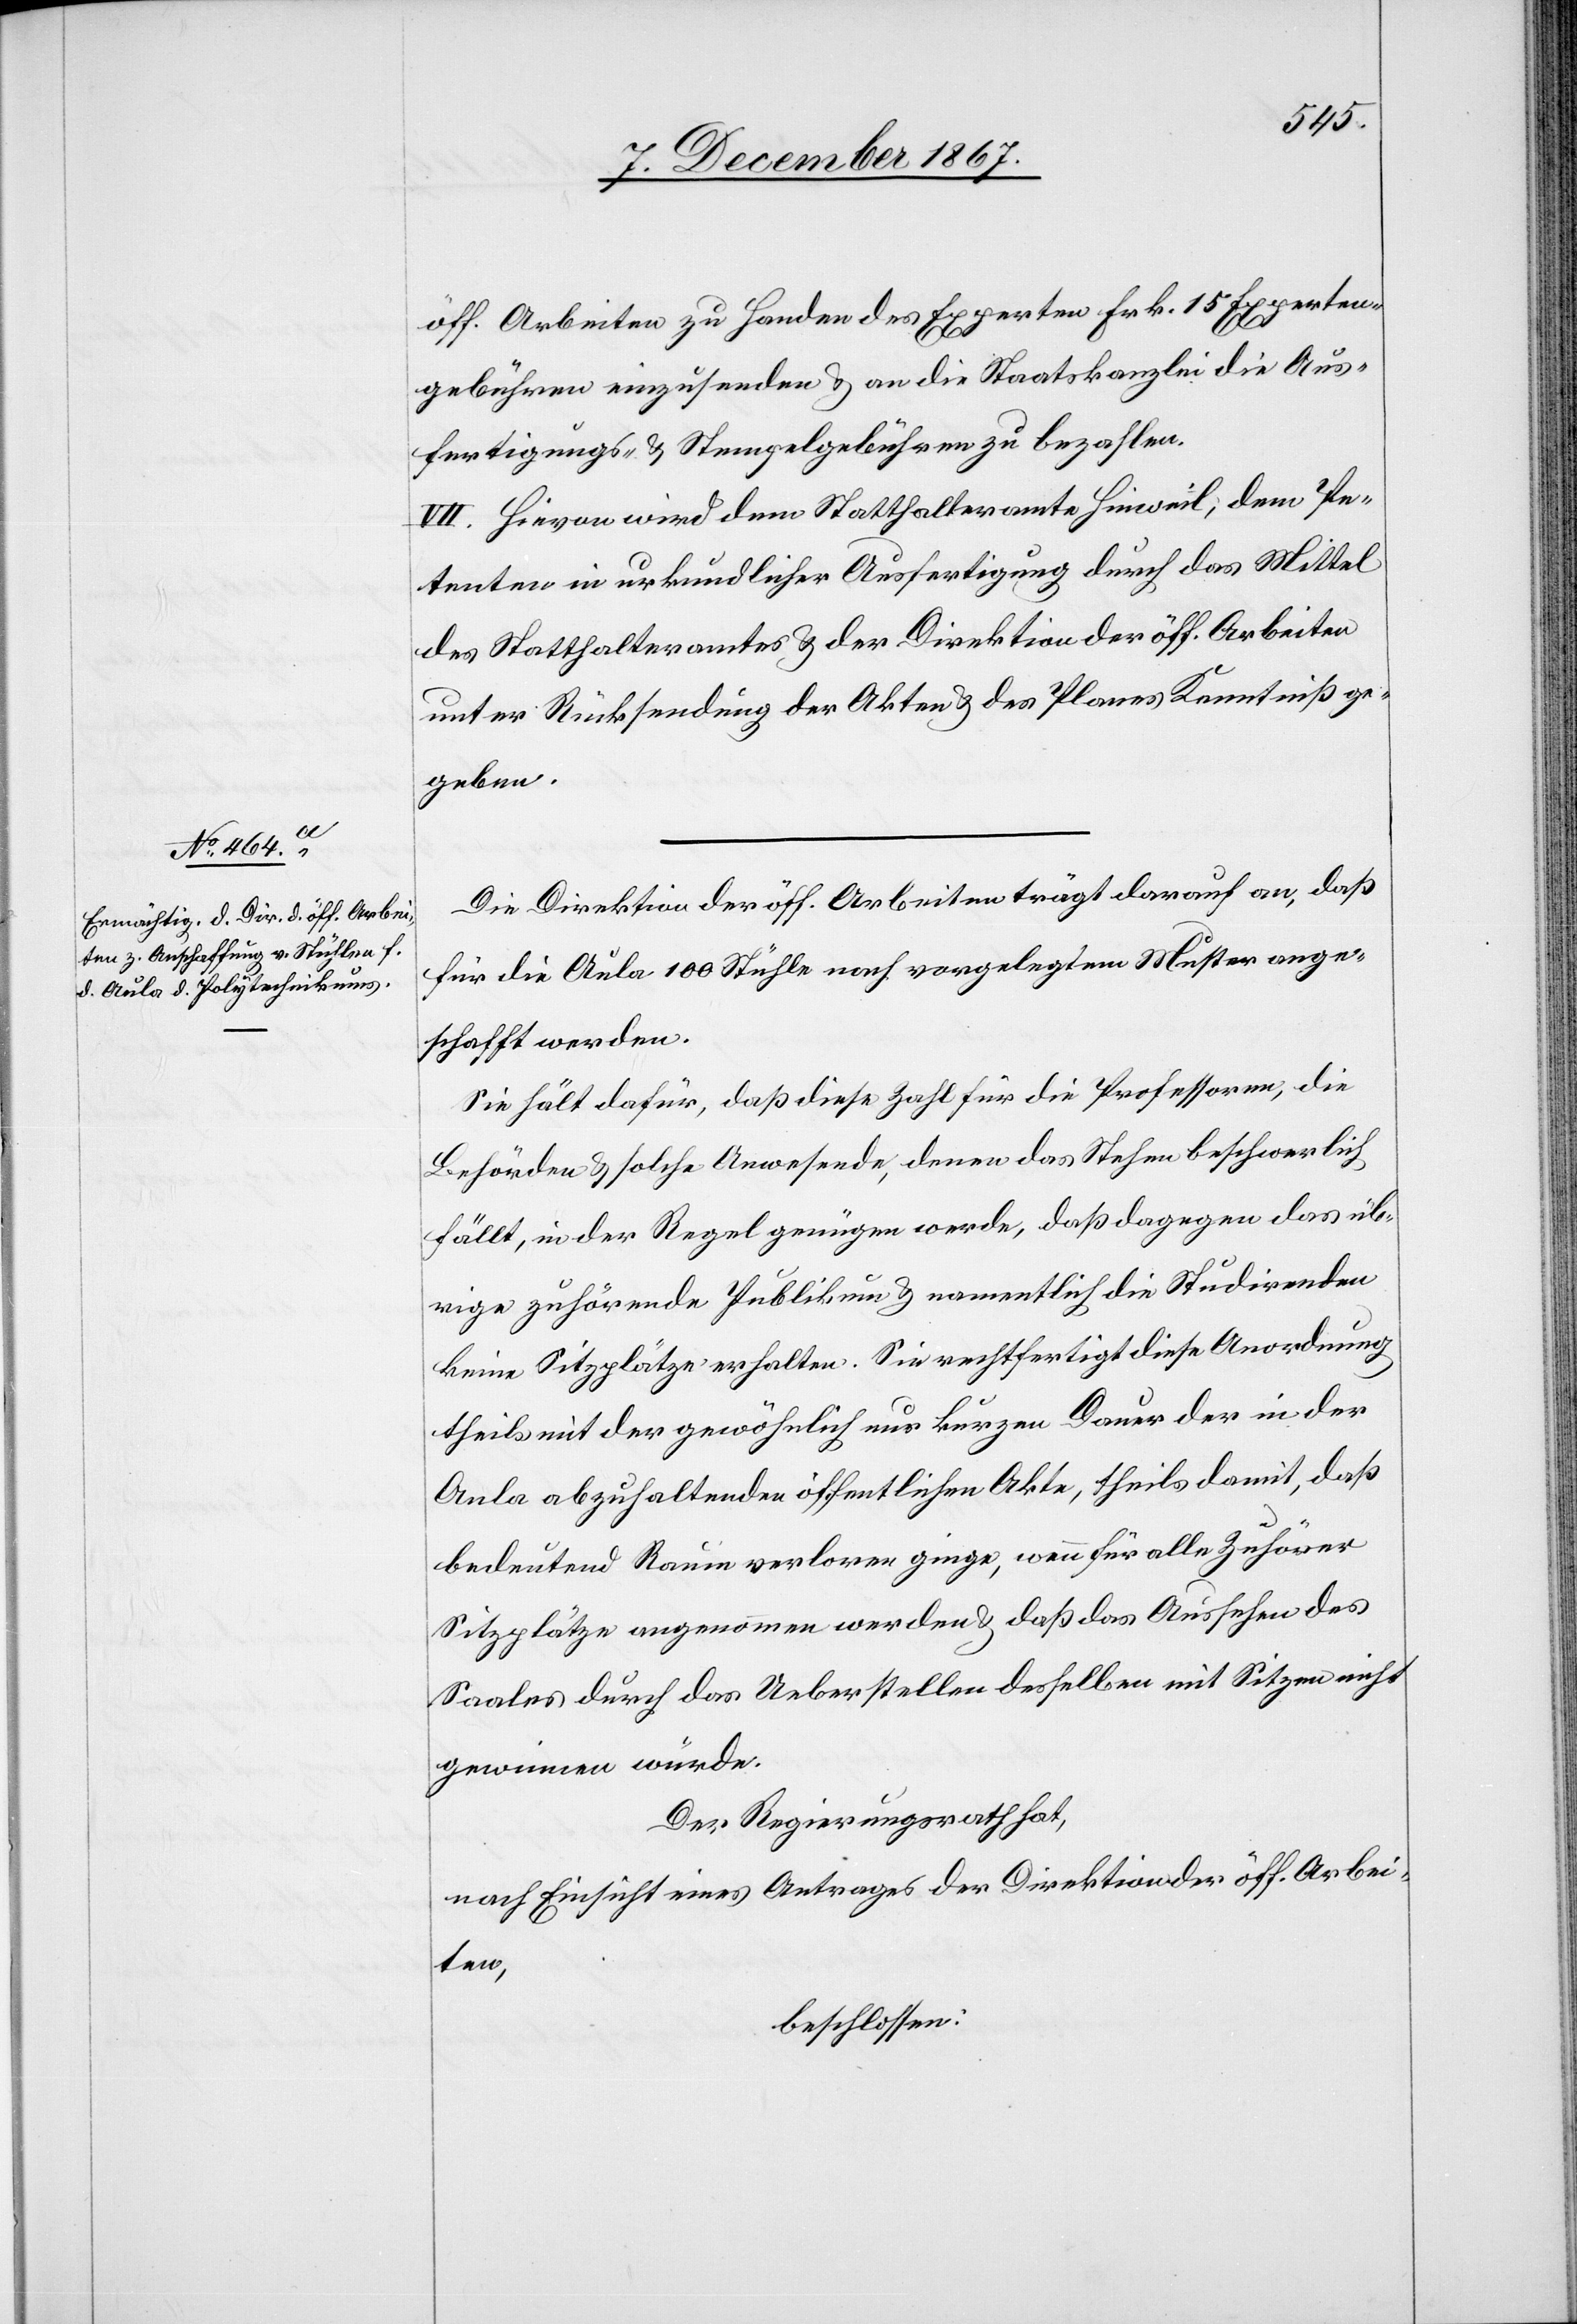
öff. Arbeiten zu Handen des Experten Frk. 15 Experten¬
gebühren einzusenden u. an die Staatskanzlei die Aus¬
fertigungs- u. Stempelgebühren zu bezahlen.
VII. Hievon wird dem Statthalteramte Hinweil, dem Pe¬
tenten in urkundlicher Ausfertigung durch das Mittel
des Statthalteramtes u. der Direktion der öff. Arbeiten
unter Rücksendung der Akten u. des Planes Kenntniß ge¬
geben.
Die Direktion der öff. Arbeiten trägt darauf an, daß
für die Aula 100 Stühle nach vorgelegtem Muster ange¬
schafft werden.
Sie hält dafür, daß diese Zahl für die Professoren, die
Behörden u. solche Anwesende, denen das Stehen beschwerlich
fällt, in der Regel genügen werde, daß dagegen das üb¬
rige zuhörende Publikum u. namentlich die Studirenden
keine Sitzplätze erhalten. Sie rechtfertigt diese Anordnung
theils mit der gewöhnlich nur kurzen Dauer der in der
Aula abzuhaltenden öffentlichen Akte, theils damit, daß
bedeutend Raum verloren ginge, wenn für alle Zuhörer
Sitzplätze angenommen werden u. daß das Aussehen des
Saales durch das Ueberstellen desselben mit Sitzen nicht
gewinnen würde.
Der Regierungsrath hat,
nach Einsicht eines Antrages der Direktion der öff. Arbei¬
ten,
beschlossen: